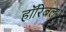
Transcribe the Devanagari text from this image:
हॉरिबल